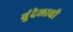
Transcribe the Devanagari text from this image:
बुंदेलाची